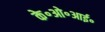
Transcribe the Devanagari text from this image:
के॰ओ॰आई॰